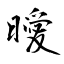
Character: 曖